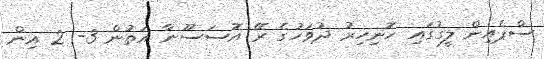
ސްޕެއިން ލީގުގައި ހޮނިހިރު ދުވަހުގެ ރޭ އޮސަސޫނާ އަތުން 3- 2 އިން